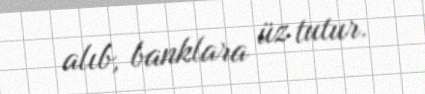
alıb, banklara üz tutur.